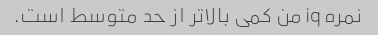
نمره iq من کمی بالاتر از حد متوسط ​​است.